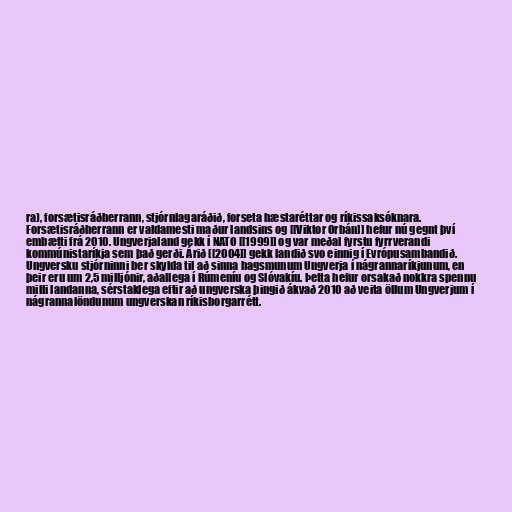
ra), forsætisráðherrann, stjórnlagaráðið, forseta hæstaréttar og ríkissaksóknara.
Forsætisráðherrann er valdamesti maður landsins og [[Viktor Orbán]] hefur nú gegnt því
embætti frá 2010. Ungverjaland gekk í NATO [[1999]] og var meðal fyrstu fyrrverandi
kommúnistaríkja sem það gerði. Árið [[2004]] gekk landið svo einnig í Evrópusambandið.
Ungversku stjórninni ber skylda til að sinna hagsmunum Ungverja í nágrannaríkjunum, en
þeir eru um 2,5 milljónir, aðallega í Rúmeníu og Slóvakíu. Þetta hefur orsakað nokkra spennu
milli landanna, sérstaklega eftir að ungverska þingið ákvað 2010 að veita öllum Ungverjum í
nágrannalöndunum ungverskan ríkisborgarrétt.